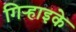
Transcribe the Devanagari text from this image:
गिऱ्हाइके